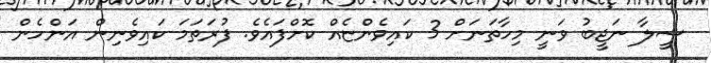
ޝީލާ ނަޖީބު ވަނީ މިހާތަނަށް 3 ކައިވެންޏެއް ކޮށްފައެވެ. ފުރަތަމަ ކައިވެނިން އަންހެން